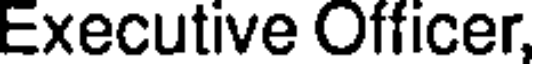
Executive Officer,